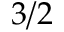
3 / 2